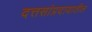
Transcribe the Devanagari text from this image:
दत्तसांप्रदायातील